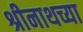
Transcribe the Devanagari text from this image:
श्रीनाथच्या